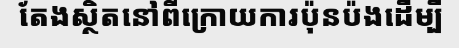
តែងស្ថិតនៅពីក្រោយការប៉ុនប៉ងដើម្បី